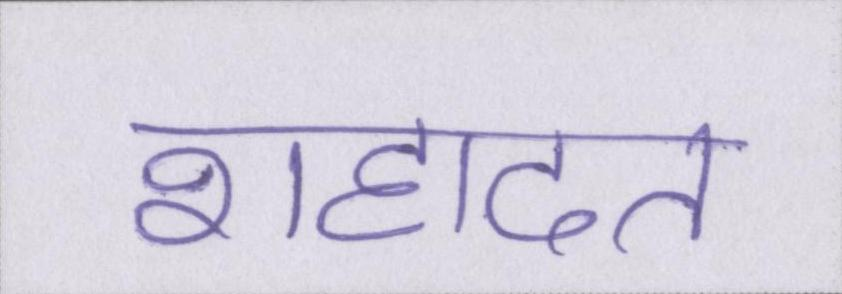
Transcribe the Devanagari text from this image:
शहादत